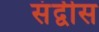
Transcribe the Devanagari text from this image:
संद्वीस